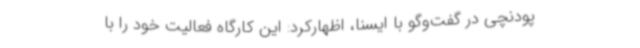
پودنچی در گفت‌وگو با ایسنا، اظهارکرد: این کارگاه فعالیت خود را با